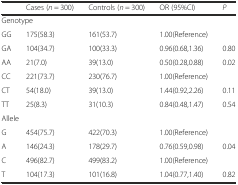
<table><thead><tr><td>[EMPTY_CELL]</td><td><b>Cases (<i>n</i> = 300)</b></td><td><b>Controls (<i>n</i> = 300)</b></td><td><b>OR (95%CI)</b></td><td><b><i>P</i></b></td></tr></thead><tbody><tr><td colspan="5">Genotype</td></tr><tr><td>GG</td><td>175(58.3)</td><td>161(53.7)</td><td>1.00(Reference)</td><td>[EMPTY_CELL]</td></tr><tr><td>GA</td><td>104(34.7)</td><td>100(33.3)</td><td>0.96(0.68,1.36)</td><td>0.80</td></tr><tr><td>AA</td><td>21(7.0)</td><td>39(13.0)</td><td>0.50(0.28,0.88)</td><td>0.02</td></tr><tr><td>CC</td><td>221(73.7)</td><td>230(76.7)</td><td>1.00(Reference)</td><td>[EMPTY_CELL]</td></tr><tr><td>CT</td><td>54(18.0)</td><td>39(13.0)</td><td>1.44(0.92,2.26)</td><td>0.11</td></tr><tr><td>TT</td><td>25(8.3)</td><td>31(10.3)</td><td>0.84(0.48,1.47)</td><td>0.54</td></tr><tr><td colspan="5">Allele</td></tr><tr><td>G</td><td>454(75.7)</td><td>422(70.3)</td><td>1.00(Reference)</td><td>[EMPTY_CELL]</td></tr><tr><td>A</td><td>146(24.3)</td><td>178(29.7)</td><td>0.76(0.59,0.98)</td><td>0.04</td></tr><tr><td>C</td><td>496(82.7)</td><td>499(83.2)</td><td>1.00(Reference)</td><td>[EMPTY_CELL]</td></tr><tr><td>T</td><td>104(17.3)</td><td>101(16.8)</td><td>1.04(0.77,1.40)</td><td>0.82</td></tr></tbody></table>